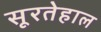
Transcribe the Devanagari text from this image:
सूरतेहाल